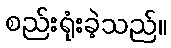
စည်းရုံးခဲ့သည်။